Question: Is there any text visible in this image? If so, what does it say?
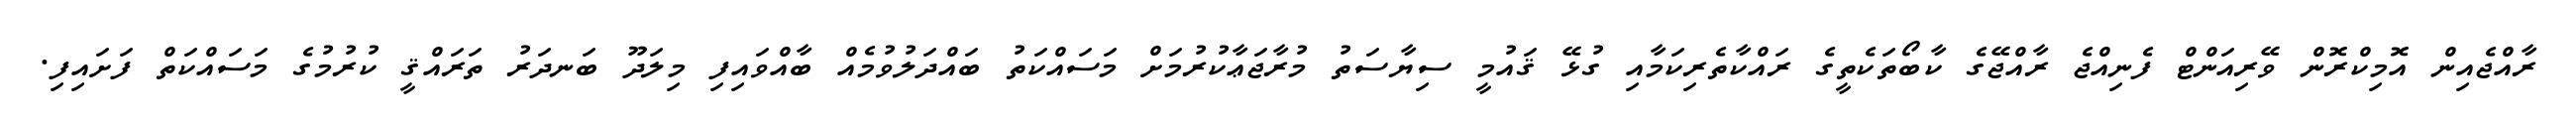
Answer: ރާއްޖެއިން އޮމިކްރޮން ވޭރިއަންޓް ފެނިއްޖެ ރާއްޖޭގެ ކާބޯތަކެތީގެ ރައްކާތެރިކަމާއި ގުޅޭ ޤައުމީ ސިޔާސަތު މުރާޖަޢާކުރުމަށް މަސައްކަތު ބައްދަލުވުމެއް ބާއްވައިފި މިލަދޫ ބަނދަރު ތަރައްޤީ ކުރުމުގެ މަސައްކަތް ފަށައިފި.